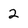
Character: 2